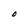
Character: O